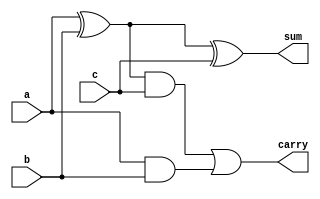
module fa(a,b,c,sum,carry);
input a,b,c;
output sum;
output carry;
assign sum=a^b^c;
assign carry=((a^b)&c)|(a&b);
endmodule

module pa(a,b,c,sum,carry);
input [3:0]a;
input [3:0]b;
input c;
output [3:0]sum;
wire [2:0]ca;
output carry;
fa f1(a[0],b[0],c,sum[0],ca[0]);
fa f2(a[1],b[1],ca[0],sum[1],ca[1]);
fa f3(a[2],b[2],ca[1],sum[2],ca[2]);
fa f4(a[3],b[3],ca[2],sum[3],carry);
endmodule